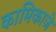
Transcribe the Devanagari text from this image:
कामिकाजे